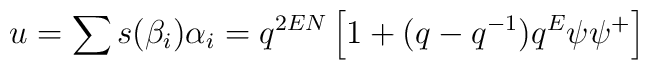
u=\sum s(\beta_{i})\alpha_{i}=q^{2EN}\left[1+(q-q^{-1})q^{E}\psi\psi^{+}\right]